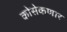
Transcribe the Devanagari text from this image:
कोसेकणार